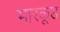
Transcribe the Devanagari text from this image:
मारकूड